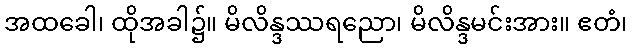
အထခေါ၊ ထိုအခါ၌။ မိလိန္ဒဿရညော၊ မိလိန္ဒမင်းအား။ ဧတံ၊